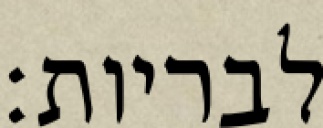
לבריות: